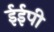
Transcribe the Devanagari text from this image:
ईईपी